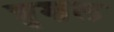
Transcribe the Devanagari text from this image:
त्रुशल